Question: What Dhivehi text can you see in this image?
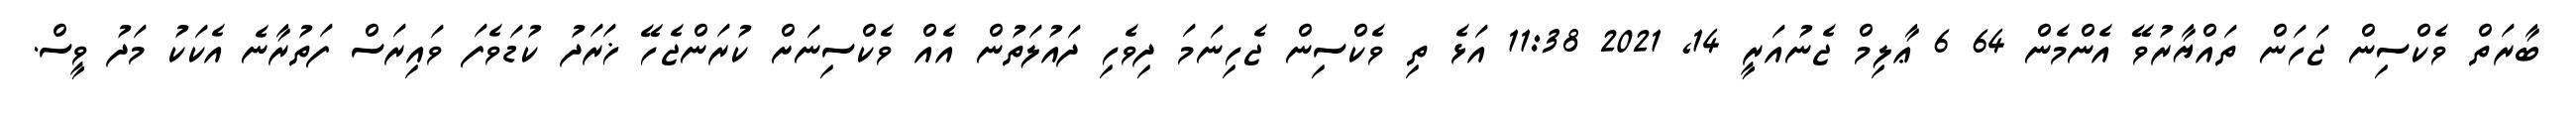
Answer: ބާރަތް ވެކްސިން ޖަހަން ތައްޔާރުވޭ އެންމެން 64 6 ޢާލިމް ޖެނުއަރީ 14, 2021 11:38 އަޅެ ތި ވެކްސިން ޖެހިނަމަ ދިވެހި ދައުލަތުން އެއް ވެކްސިނަށް ކުރަންޖެހޭ ޚަރަދު ކުޑަވެފަ ވައިރަސް ފަތުރާނެ އެކަކު މަދު ވީސް.